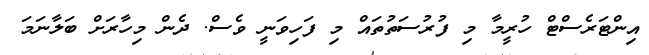
އިންޓަރެސްޓް ހުރީމާ މި ފުރުސަތުތައް މި ފަހިވަނީ ވެސް. ދެން މިހާރަށް ބަލާނަމަ